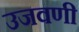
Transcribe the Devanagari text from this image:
उजवणी